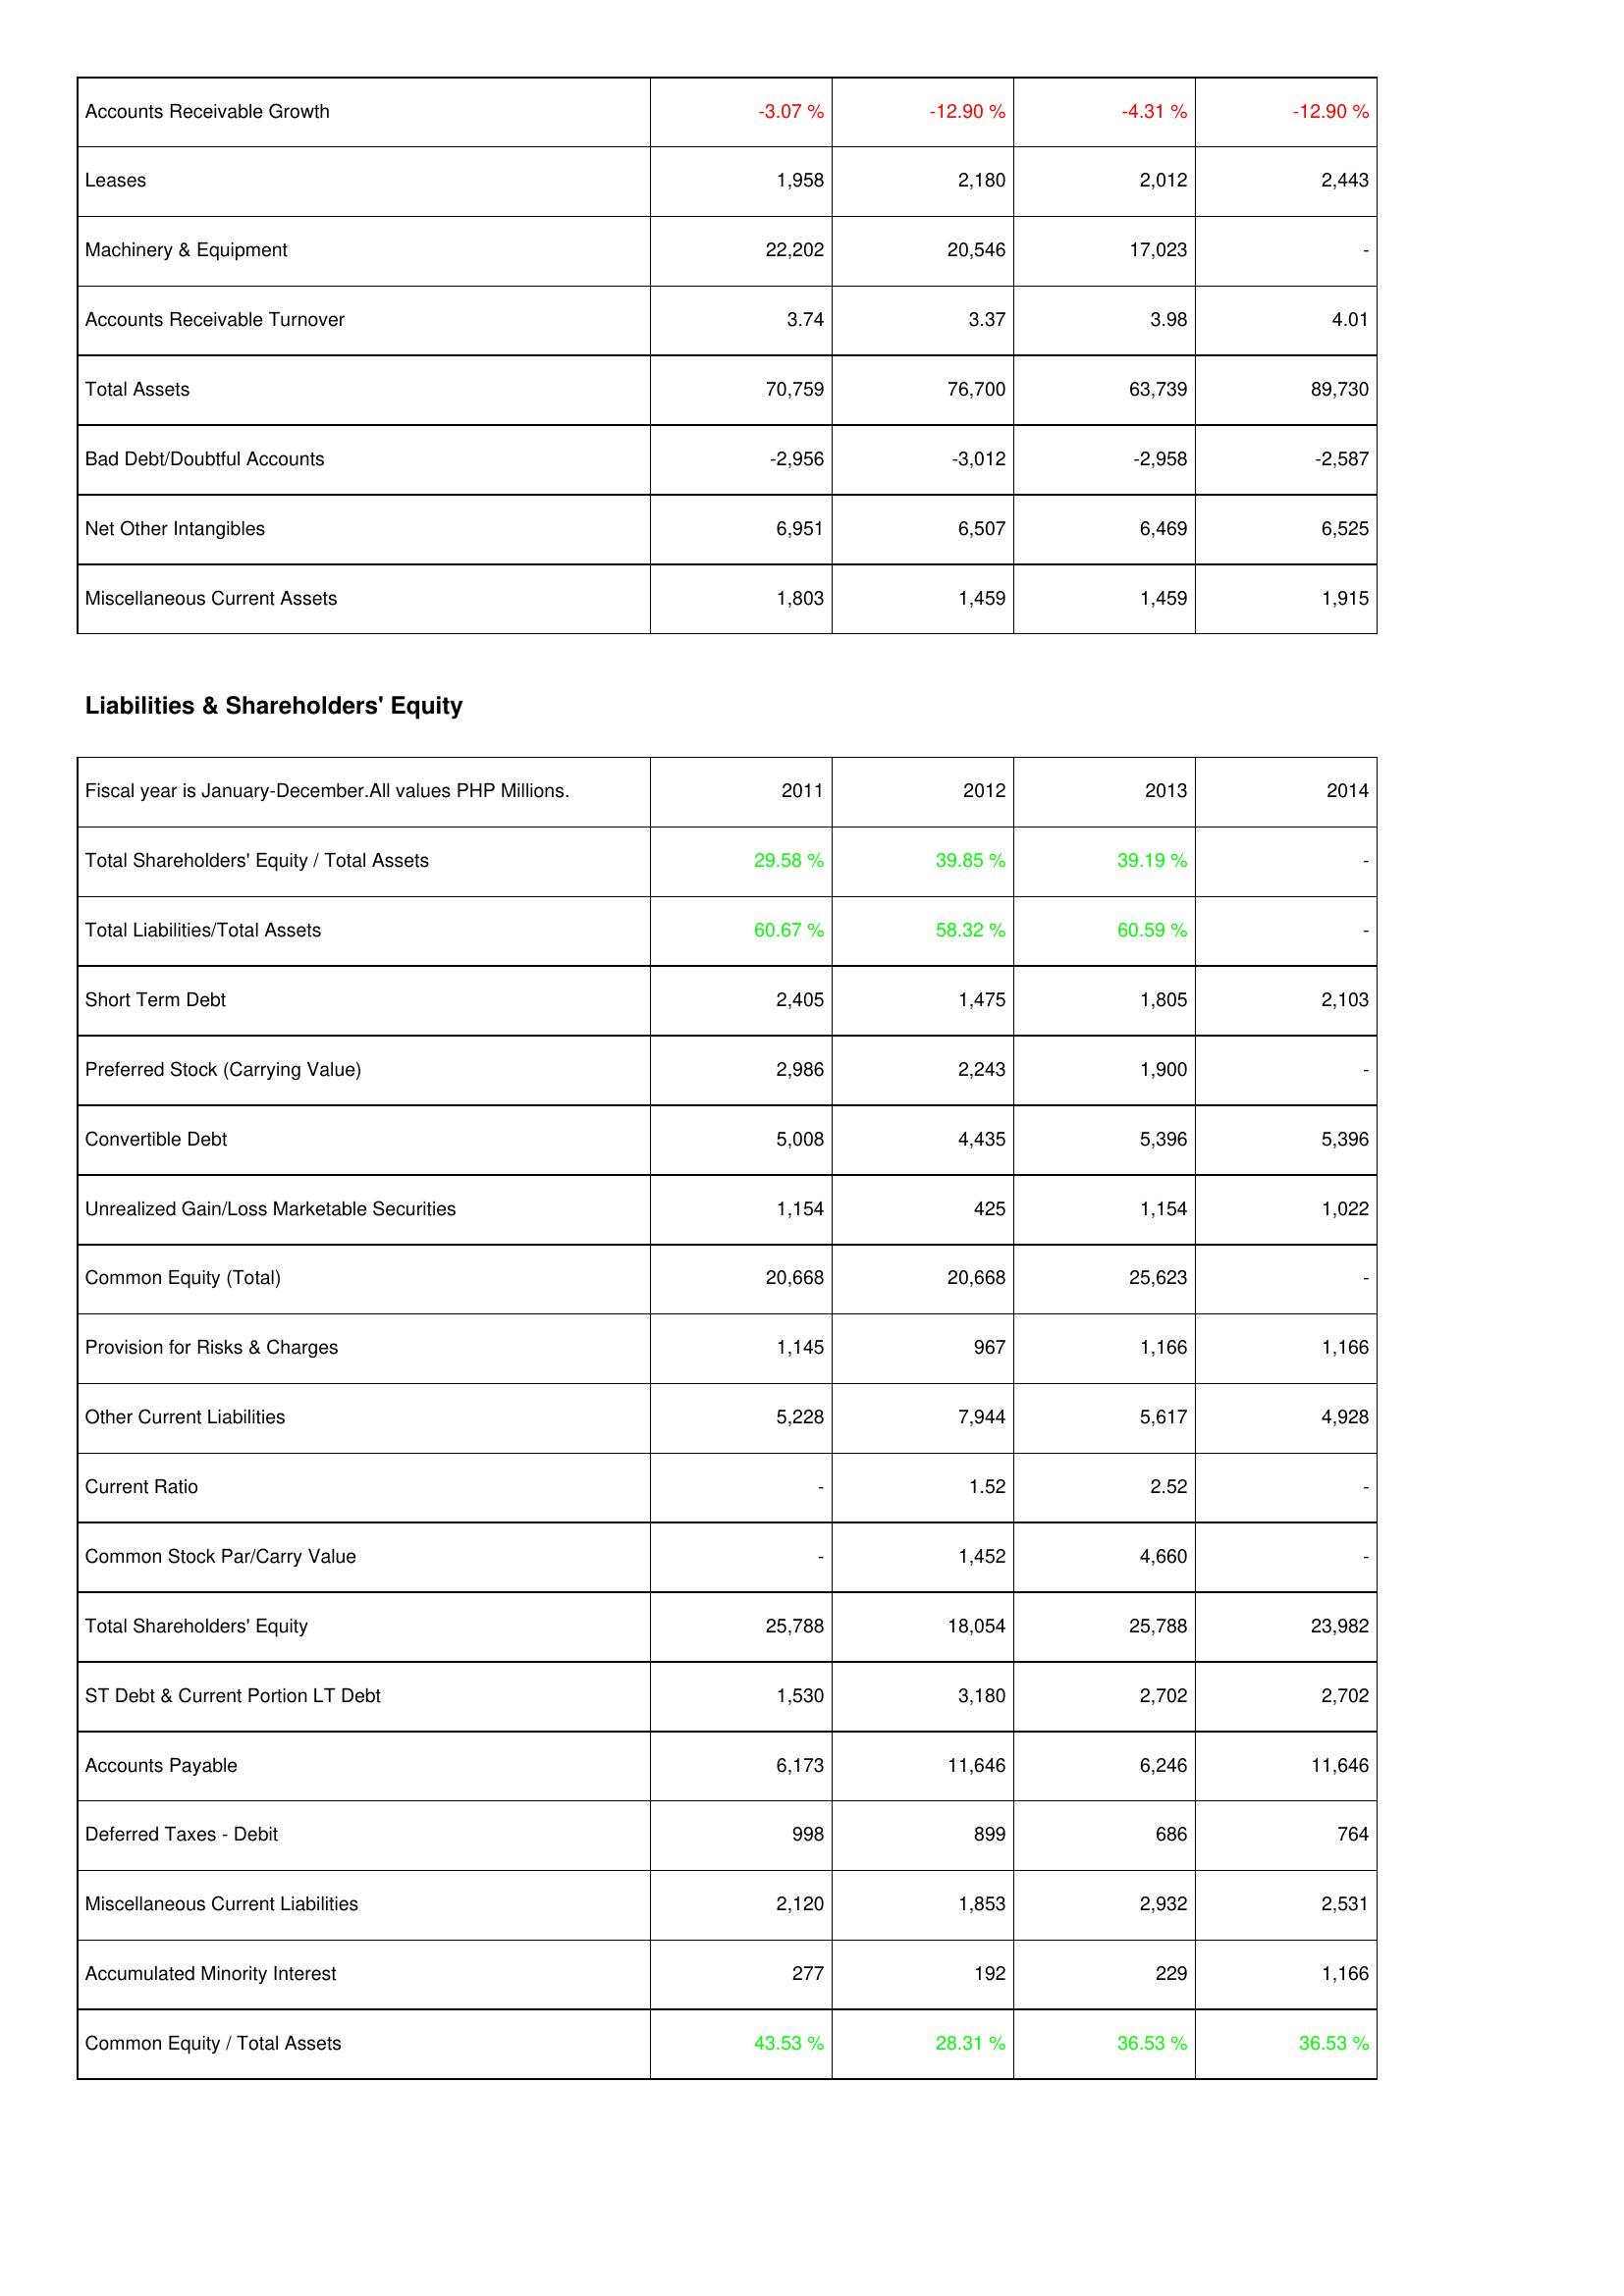
2011: Assets: Accounts Receivable Growth: -3.07 %
Leases: 1,958
Machinery & Equipment: 22,202
Accounts Receivable Turnover: 3.74
Total Assets: 70,759
Bad Debt/Doubtful Accounts: -2,956
Net Other Intangibles: 6,951
Miscellaneous Current Assets: 1,803
Liabilities & Shareholders' Equity: Total Shareholders' Equity / Total Assets: 29.58 %
Total Liabilities/Total Assets: 60.67 %
Short Term Debt: 2,405
Preferred Stock (Carrying Value): 2,986
Convertible Debt: 5,008
Unrealized Gain/Loss Marketable Securities: 1,154
Common Equity (Total): 20,668
Provision for Risks & Charges: 1,145
Other Current Liabilities: 5,228
Current Ratio: -
Common Stock Par/Carry Value: -
Total Shareholders' Equity: 25,788
ST Debt & Current Portion LT Debt: 1,530
Accounts Payable: 6,173
Deferred Taxes - Debit: 998
Miscellaneous Current Liabilities: 2,120
Accumulated Minority Interest: 277
Common Equity / Total Assets: 43.53 %
2012: Assets: Accounts Receivable Growth: -12.90 %
Leases: 2,180
Machinery & Equipment: 20,546
Accounts Receivable Turnover: 3.37
Total Assets: 76,700
Bad Debt/Doubtful Accounts: -3,012
Net Other Intangibles: 6,507
Miscellaneous Current Assets: 1,459
Liabilities & Shareholders' Equity: Total Shareholders' Equity / Total Assets: 39.85 %
Total Liabilities/Total Assets: 58.32 %
Short Term Debt: 1,475
Preferred Stock (Carrying Value): 2,243
Convertible Debt: 4,435
Unrealized Gain/Loss Marketable Securities: 425
Common Equity (Total): 20,668
Provision for Risks & Charges: 967
Other Current Liabilities: 7,944
Current Ratio: 1.52
Common Stock Par/Carry Value: 1,452
Total Shareholders' Equity: 18,054
ST Debt & Current Portion LT Debt: 3,180
Accounts Payable: 11,646
Deferred Taxes - Debit: 899
Miscellaneous Current Liabilities: 1,853
Accumulated Minority Interest: 192
Common Equity / Total Assets: 28.31 %
2013: Assets: Accounts Receivable Growth: -4.31 %
Leases: 2,012
Machinery & Equipment: 17,023
Accounts Receivable Turnover: 3.98
Total Assets: 63,739
Bad Debt/Doubtful Accounts: -2,958
Net Other Intangibles: 6,469
Miscellaneous Current Assets: 1,459
Liabilities & Shareholders' Equity: Total Shareholders' Equity / Total Assets: 39.19 %
Total Liabilities/Total Assets: 60.59 %
Short Term Debt: 1,805
Preferred Stock (Carrying Value): 1,900
Convertible Debt: 5,396
Unrealized Gain/Loss Marketable Securities: 1,154
Common Equity (Total): 25,623
Provision for Risks & Charges: 1,166
Other Current Liabilities: 5,617
Current Ratio: 2.52
Common Stock Par/Carry Value: 4,660
Total Shareholders' Equity: 25,788
ST Debt & Current Portion LT Debt: 2,702
Accounts Payable: 6,246
Deferred Taxes - Debit: 686
Miscellaneous Current Liabilities: 2,932
Accumulated Minority Interest: 229
Common Equity / Total Assets: 36.53 %
2014: Assets: Accounts Receivable Growth: -12.90 %
Leases: 2,443
Machinery & Equipment: -
Accounts Receivable Turnover: 4.01
Total Assets: 89,730
Bad Debt/Doubtful Accounts: -2,587
Net Other Intangibles: 6,525
Miscellaneous Current Assets: 1,915
Liabilities & Shareholders' Equity: Total Shareholders' Equity / Total Assets: -
Total Liabilities/Total Assets: -
Short Term Debt: 2,103
Preferred Stock (Carrying Value): -
Convertible Debt: 5,396
Unrealized Gain/Loss Marketable Securities: 1,022
Common Equity (Total): -
Provision for Risks & Charges: 1,166
Other Current Liabilities: 4,928
Current Ratio: -
Common Stock Par/Carry Value: -
Total Shareholders' Equity: 23,982
ST Debt & Current Portion LT Debt: 2,702
Accounts Payable: 11,646
Deferred Taxes - Debit: 764
Miscellaneous Current Liabilities: 2,531
Accumulated Minority Interest: 1,166
Common Equity / Total Assets: 36.53 %